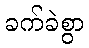
ခက်ခဲစွာ